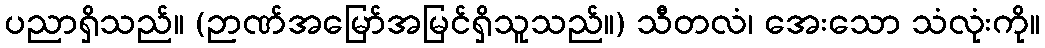
ပညာရှိသည်။ (ဉာဏ်အမြော်အမြင်ရှိသူသည်။) သီတလံ၊ အေးသော သံလုံးကို။